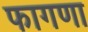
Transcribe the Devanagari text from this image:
फागणा